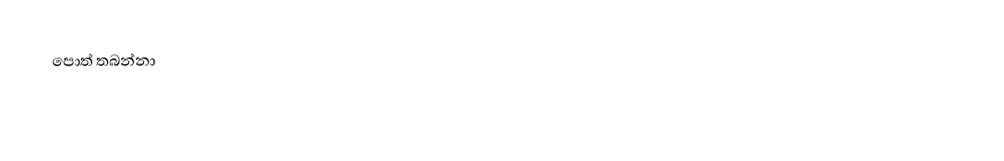
පොත් තබන්නා